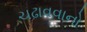
ચઢાવવાનો